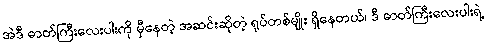
အဲဒီ ဓာတ်ကြီးလေးပါးကို မှီနေတဲ့ အဆင်းဆိုတဲ့ ရုပ်တစ်မျိုး ရှိနေတယ်၊ ဒီ ဓာတ်ကြီးလေးပါးရဲ့